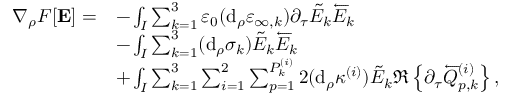
\begin{array} { r l } { \nabla _ { \rho } F [ \mathbf { E } ] = } & { - \int _ { I } \sum _ { k = 1 } ^ { 3 } \varepsilon _ { 0 } ( \mathrm { d } _ { \rho } \varepsilon _ { \infty , k } ) \partial _ { \tau } \tilde { E } _ { k } \overleftarrow { E } _ { k } } \\ & { - \int _ { I } \sum _ { k = 1 } ^ { 3 } ( \mathrm { d } _ { \rho } \sigma _ { k } ) \tilde { E } _ { k } \overleftarrow { E } _ { k } } \\ & { + \int _ { I } \sum _ { k = 1 } ^ { 3 } \sum _ { i = 1 } ^ { 2 } \sum _ { p = 1 } ^ { P _ { k } ^ { ( i ) } } 2 ( \mathrm { d } _ { \rho } \kappa ^ { ( i ) } ) \tilde { E } _ { k } \Re \left\{ \partial _ { \tau } \overleftarrow { Q } _ { p , k } ^ { ( i ) } \right\} , } \end{array}